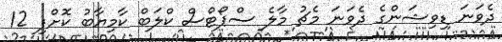
ދެވަނަ ޑިވިޝަންގެ ދެވަނަ މެޗު މާލެ ސްޕޯޓްސް ކްލަބް ކާމިޔާބު ކޮށްފި 12